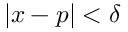
| x - p | < \delta